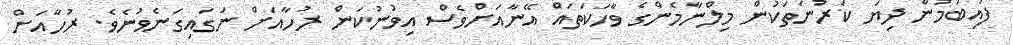
ފައިބަމުން ދިޔަ ކަރުނަތަކުން މިލްނާމެންގެ ވާހަކަތައް އޭނާއަށްވެސް އިވުނުކަން ރުހާއަށް ނަގައިގަނެވުނެވެ. ރުހާއަށް